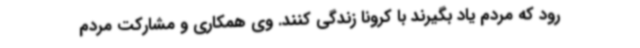
رود که مردم یاد بگیرند با کرونا زندگی کنند. وی همکاری و مشارکت مردم